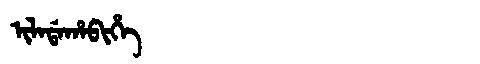
Manchu: ᡳᠯᠠᡩᠠᡥᠠᠪᡳᡥᡝ
Romanization: ILADAHABIHE